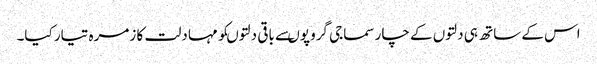
اس کے ساتھ ہی دلتوں کے چار سماجی گروپوںسے باقی دلتوںکو مہا دلت کا زمرہ تیار کیا۔